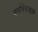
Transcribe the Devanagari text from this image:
वर्णभेदाचाही